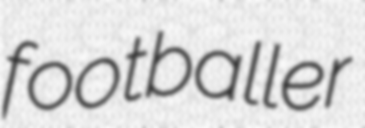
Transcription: footballer